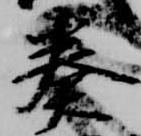
奏